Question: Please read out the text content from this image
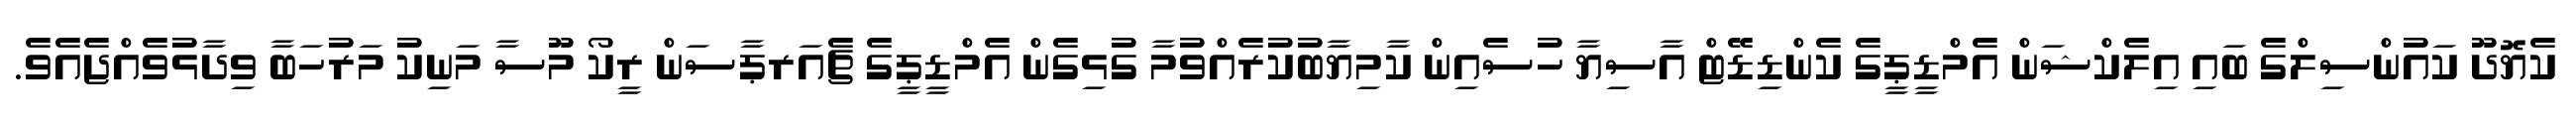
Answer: ކެޔޮދޫ ކައުންސިލްގެ ބައި އިލެކްޝަން އެމްޑީޕީގެ ކެންޑިޑޭޓް އާސިޔާ ހުސެއިން ކާމިޔާބުކުރެއްވުމާ ގުޅިގެން އެމްޑީޕީގެ ޗެއަރޕާސަން ރީކޯ މޫސާ މަނިކު މަރުހަބާ ވިދާޅުވެއްޖެއެވެ.